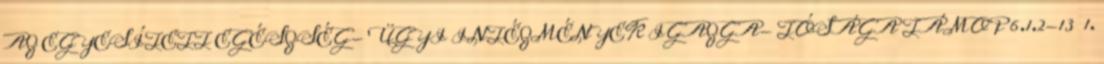
AZ EGYESÍTETT EGÉSZSÉG- ÜGYI INTÉZMÉNYEK IGAZGA- TÓSÁGA TÁMOP 6.1.2-13 1.